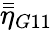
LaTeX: \bar{\bar{\eta}}_{G11}